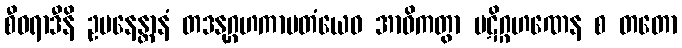
စီဝရာဒီနိ ဥပနေန္တာနံ တဒနုဂ္ဂဟကာမတံယေဝ အာဝိကတွာ ပဋိဂ္ဂဟဏေန စ တတော